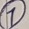
Text: 7